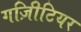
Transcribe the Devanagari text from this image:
गज़िीटियर